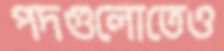
পদগুলোতেও